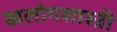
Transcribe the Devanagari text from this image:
खलोगशास्त्री